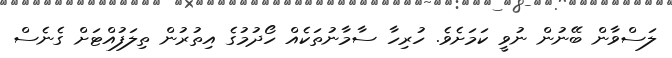
ލަސްވާން ބޭނުން ނުވީ ކަމަށެވެ. ހުރިހާ ސާމާނުތަކެއް ހޯދުމުގެ އިތުރުން ތިލަފުއްޓަށް ގެނެސް